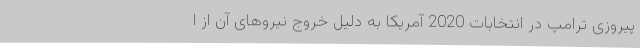
پیروزی ترامپ در انتخابات 2020 آمریکا به دلیل خروج نیروهای آن از ا